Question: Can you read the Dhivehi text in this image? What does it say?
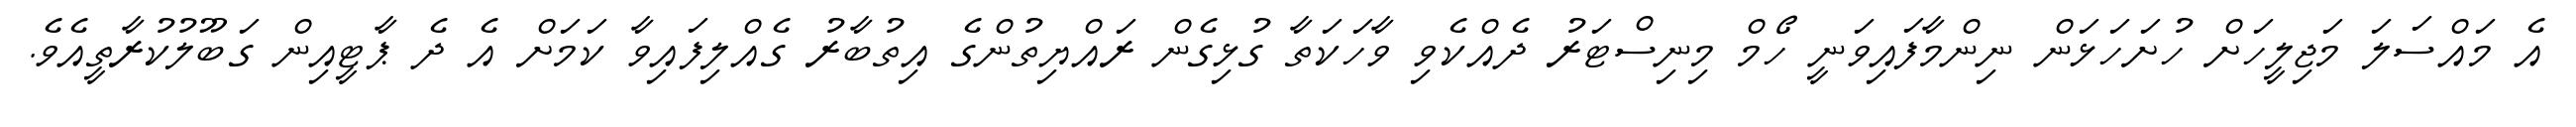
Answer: އެ މައްސަލަ މަޖިލީހަށް ހުށަހަޅަން ނިންމާފައިވަނީ ހޯމް މިނިސްޓަރު ދެއްކެވި ވާހަކަތާ ގުޅިގެން ރައްޔިތުންގެ އިތުބާރު ގެއްލިފައިވާ ކަމަށް އެ ދެ ޕާޓީއިން ގަބޫލުކުރާތީއެވެ.